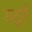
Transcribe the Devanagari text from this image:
गर्द्न